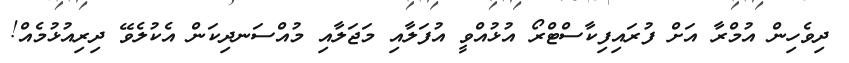
ދިވެހިން އުމްރާ އަށް ފުރައިފިކާސްޓްރޯ އުޅުއްވީ އުފަލާއި މަޖަލާއި މުއްސަނދިކަން އެކުލެވޭ ދިރިއުޅުމެއް!